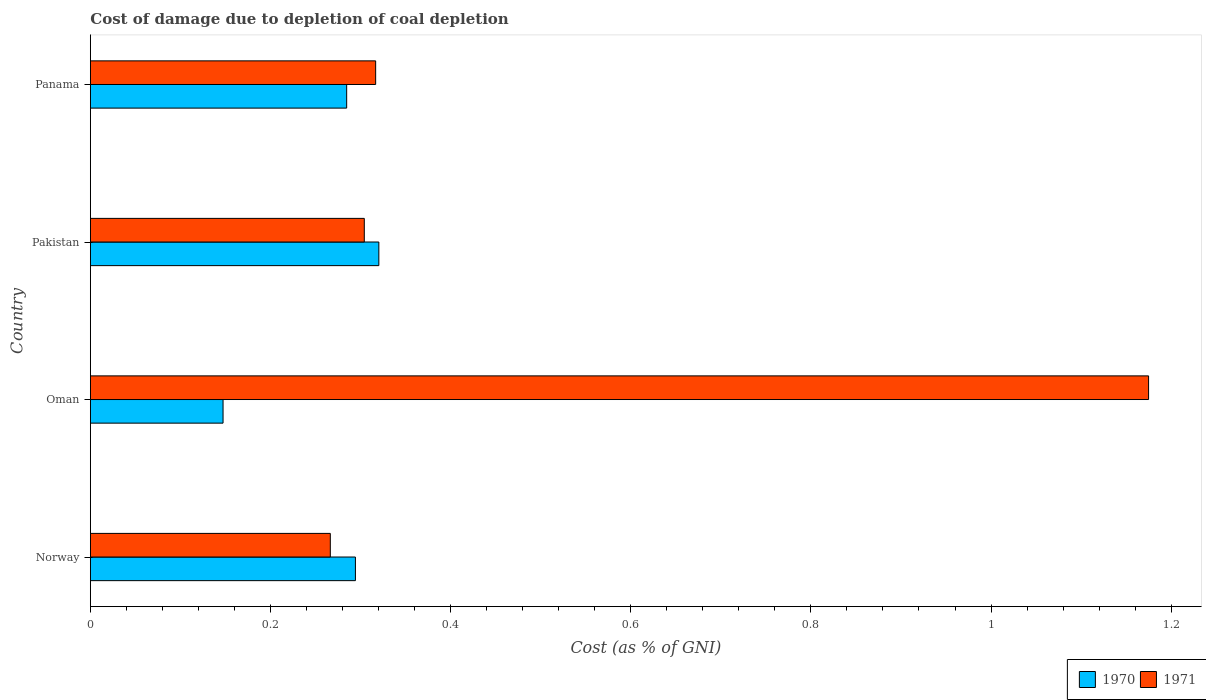
| Country | 1970 | 1971 |
 | --- | --- | --- |
 | Norway | 0.294 | 0.266 |
 | Oman | 0.147 | 1.17 |
 | Pakistan | 0.32 | 0.304 |
 | Panama | 0.285 | 0.317 |